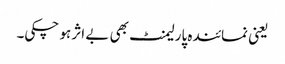
یعنی نمائندہ پارلیمنٹ بھی بے اثر ہو چکی۔